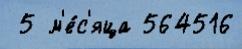
 5 м'е́с'яца 564516